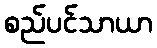
စည်ပင်သာယာ